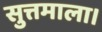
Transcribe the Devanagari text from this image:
सुत्तमाला।